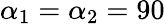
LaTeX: \alpha_{1}=\alpha_{2}=90